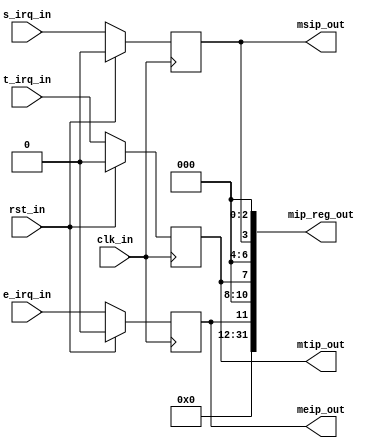
`timescale 1ns / 1ps
module mip_reg(input         clk_in,rst_in,e_irq_in,t_irq_in,s_irq_in,
               output        meip_out,mtip_out,msip_out,
               output [31:0] mip_reg_out);

   reg meip,mtip,msip;   //Internal wires

   always@(posedge clk_in)
   begin
      if(rst_in)
      begin
         meip = 1'b0;
         mtip = 1'b0;
         msip = 1'b0;
      end
      else
      begin
         meip = e_irq_in;
         mtip = t_irq_in;
         msip = s_irq_in;
      end
   end
   assign meip_out = meip;
   assign mtip_out = mtip;
   assign msip_out = msip;

   assign mip_reg_out = {20'b0, meip, 3'b0, mtip, 3'b0, msip, 3'b0};
endmodule